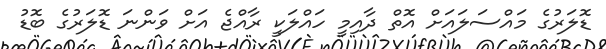
ޑޮލަރުގެ މައްސަލައަށް އޮތް ދާއިމީ ހައްލަކީ ރާއްޖެ އަށް ވަންނަ ޑޮލަރުގެ ބޮޑު